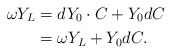
\begin{align*} \omega Y_{L}&=dY_{0}\cdot C+Y_{0}dC\\ \,&=\omega Y_{L}+Y_{0}dC. \end{align*}